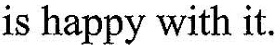
is happy with it.